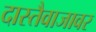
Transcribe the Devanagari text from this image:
दास्तैवाजावर